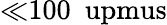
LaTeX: {\ll}100~\mathrm{\ upmus}